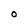
Character: O